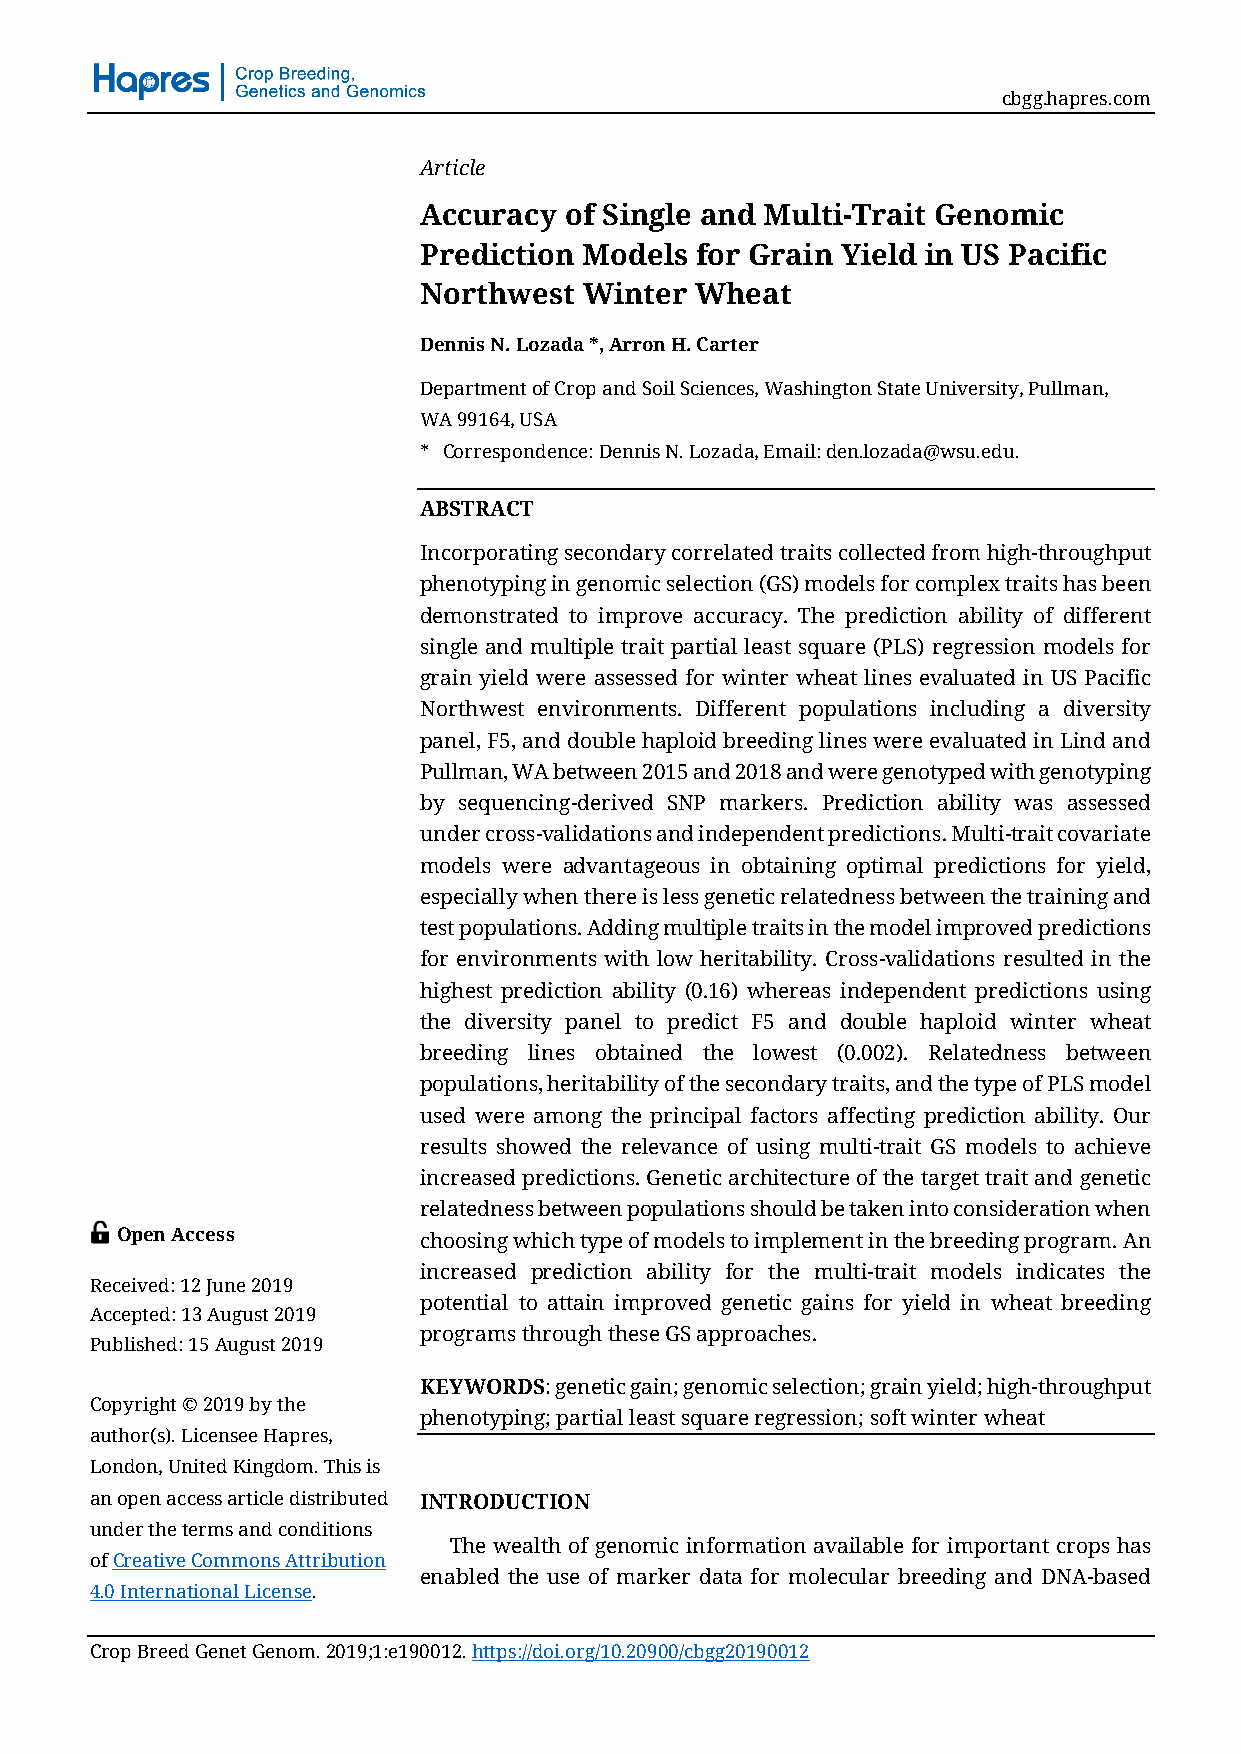
cbgg.hapres.com
 Article
 Accuracy of Single and Multi-Trait Genomic
 Prediction Models for Grain Yield in US Pacific
 Northwest  Winter Wheat
 Dennis N. Lozada *, Arron H. Carter
 Department of Crop and Soil Sciences, Washington State University, Pullman,
 WA 99164, USA
 * Correspondence: Dennis N. Lozada, Email: den.lozada@wsu.edu.
 ABSTRACT
 Incorporating secondary correlated traits collected from high-throughput
 phenotyping in genomic selection (GS) models for complex traits has been
 demonstrated to improve accuracy. The prediction ability of different
 single and multiple trait partial least square (PLS) regression models for
 grain yield were assessed for winter wheat lines evaluated in US Pacific
 Northwest environments. Different populations including a diversity
 panel, F5, and double haploid breeding lines were evaluated in Lind and
 Pullman, WA between 2015 and 2018 and were genotyped with genotyping
 by sequencing-derived SNP markers. Prediction ability was assessed
 under cross-validations and independent predictions. Multi-trait covariate
 models were advantageous in obtaining optimal predictions for yield,
 especially when there is less genetic relatedness between the training and
 test populations. Adding multiple traits in the model improved predictions
 for environments with low heritability. Cross-validations resulted in the
 highest prediction ability (0.16) whereas independent predictions using
 the diversity panel to predict F5 and double haploid winter wheat
 breeding lines obtained the lowest (0.002). Relatedness between
 populations, heritability of the secondary traits, and the type of PLS model
 used were among the principal factors affecting prediction ability. Our
 results showed the relevance of using multi-trait GS models to achieve
 increased predictions. Genetic architecture of the target trait and genetic
 relatedness between populations should be taken into consideration when
 Open Access         choosing which type of models to implement in the breeding program. An
 increased prediction ability for the multi-trait models indicates the
 Received: 12 June 2019
 potential to attain improved genetic gains for yield in wheat breeding
 Accepted: 13 August 2019
 programs through these GS approaches.
 Published: 15 August 2019
 KEYWORDS: genetic gain; genomic selection; grain yield; high-throughput
 Copyright © 2019 by the
 phenotyping; partial least square regression; soft winter wheat
 author(s). Licensee Hapres,
 London, United Kingdom. This is
 an open access article distributed INTRODUCTION
 under the terms and conditions
 The wealth of genomic information available for important crops has
 of Creative Commons Attribution
 enabled the use of marker data for molecular breeding and DNA-based
 4.0 International License.
 Crop Breed Genet Genom. 2019;1:e190012. https://doi.org/10.20900/cbgg20190012